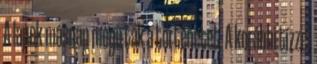
A lapok másnap megírták a történetet. A korábbi tízzel